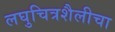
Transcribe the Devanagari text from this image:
लघुचित्रशैलीचा